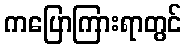
ကပြောကြားရာတွင်